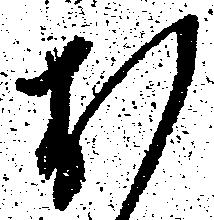
お